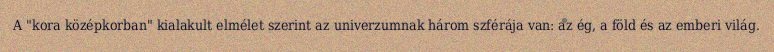
A "kora középkorban" kialakult elmélet szerint az univerzumnak három szférája van: az ég, a föld és az emberi világ.